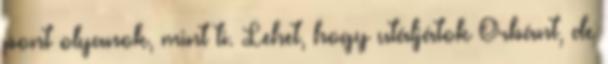
pont olyanok, mint ti. Lehet, hogy utáljátok Orbánt, de